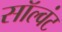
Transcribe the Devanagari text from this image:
सॉल्वंट